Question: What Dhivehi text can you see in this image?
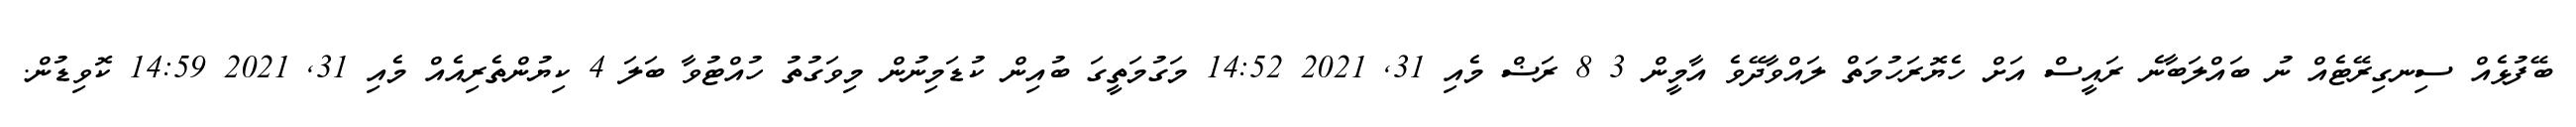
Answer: ބޭފުޅެއް ސިނގިރޭޓެއް ނު ބައްލަބާނެ ރައީސް އަށް ހެޔޮރަހުމަތް ލައްވާދޭވެ އާމީން 3 8 ރަޟް މެއި 31, 2021 14:52 މަގުމަތީގަ ބުއިން ކުޑަމިނުން މިވަގުތު ހުއްޓުވާ ބަލަ 4 ކިޔުންތެރިއެއް މެއި 31, 2021 14:59 ކޮވިޑުން.